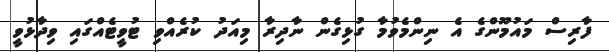
ފާރިސް މައުމޫންގެ އެ ނިންމެވުމާ ގުޅިގެން ނާދިރާ މިއަދު ކުރެއްވި ޓުވީޓެއްގައި ވިދާޅުވީ